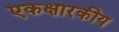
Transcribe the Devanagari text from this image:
एकक्षारकीय